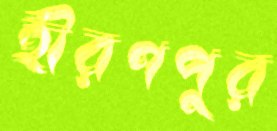
হীরণপুর